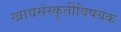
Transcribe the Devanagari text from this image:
खाद्यसंस्कृतीविषयक